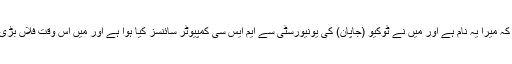
اب اس نے اپنا تعارف کرایا کہ میرا یہ نام ہے اور میں نے ٹوکیو (جاپان) کی یونیورسٹی سے ایم ایس سی کمپیوٹر سائنسز کیا ہوا ہے اور میں اس وقت فلاں بڑی کمپنی کے اندر منیجر ہوں۔